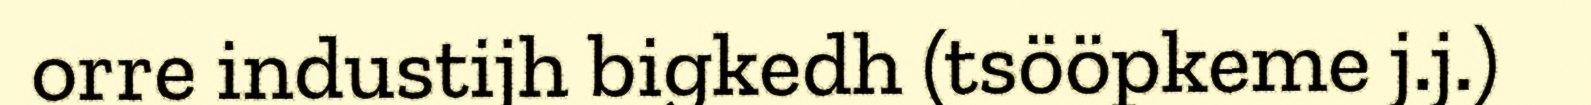
orre industijh bigkedh (tsööpkeme j.j.)